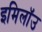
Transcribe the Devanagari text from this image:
इमिलॉउ